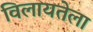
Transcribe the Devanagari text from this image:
विलायतेला